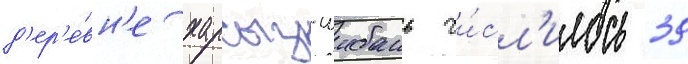
д'ер'е́вн'е харсыз-шибань чи́сл'илось 39